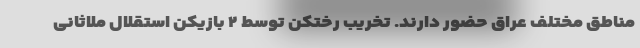
مناطق مختلف عراق حضور دارند. تخریب رختکن توسط ۲ بازیکن استقلال ملاثانی